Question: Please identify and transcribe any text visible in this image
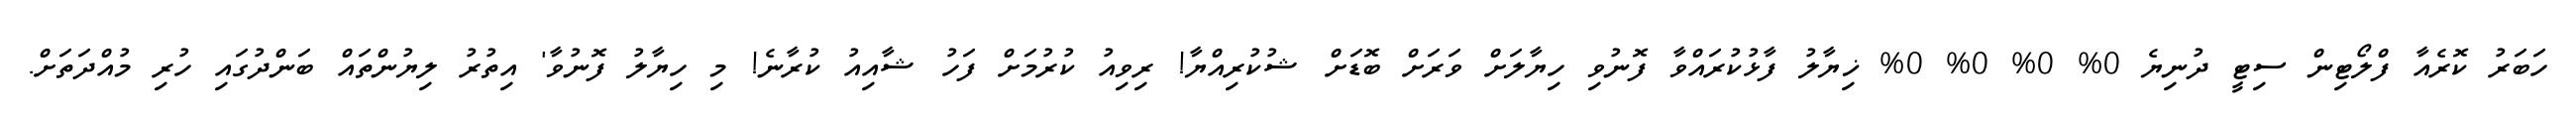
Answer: ހަބަރު ކޮރެއާ ފްލޯޓިން ސިޓީ ދުނިޔެ 0% 0% 0% 0% ޚިޔާލު ފާޅުކުރައްވާ ފޮނުވި ހިޔާލަށް ވަރަށް ބޮޑަށް ޝުކުރިއްޔާ! ރިވިއު ކުރުމަށް ފަހު ޝާއިއު ކުރާނެ! މި ހިޔާލު ފޮނުވާ' އިތުރު ލިޔުންތައް ބަންދުގައި ހުރި މުއްދަތަށް.